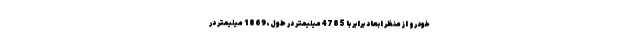
خودرو از منظر ابعاد برابر با 4785 میلیمتر در طول، 1869 میلیمتر در